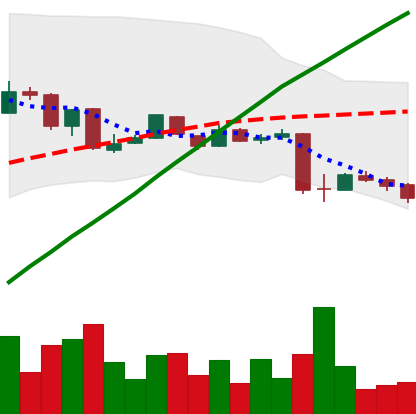
Ticker: LTC-USD
Chart end date: 2015-08-23
Forward return: -14.382%
Label: down_7plus